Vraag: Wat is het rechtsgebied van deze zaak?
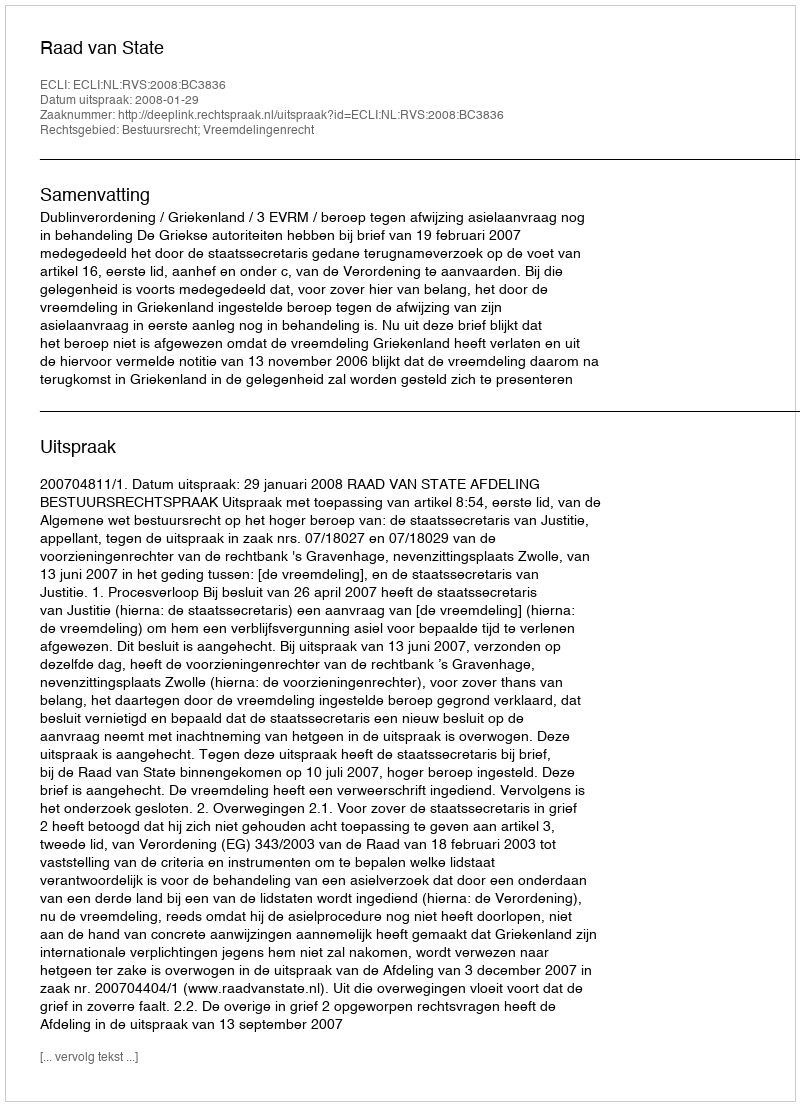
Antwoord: Bestuursrecht; Vreemdelingenrecht